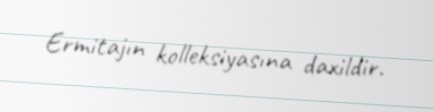
Ermitajın kolleksiyasına daxildir.